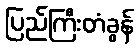
ပြည်ကြီးတံခွန်